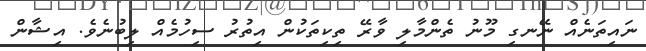
ނައިތަނެއް ނޭނގި މޫނު ތެންމާލި ވާރޭ ތިކިތަކުން އިތުރު ސިހުމެއް ލިބުނެވެ. އިޝާން